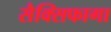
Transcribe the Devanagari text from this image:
सैक्सिफागा